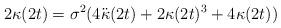
LaTeX: \begin{align*}2\kappa(2t)=\sigma^2(4\ddot{\kappa}(2t)+2\kappa(2t)^3+4\kappa(2t))\end{align*}